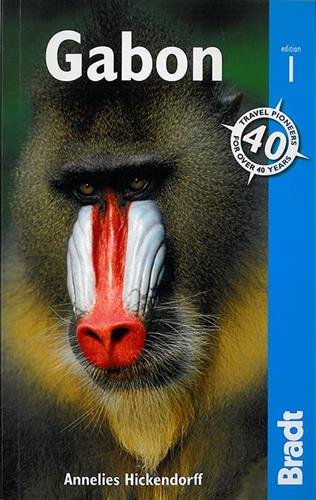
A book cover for Gabon (Bradt Travel Guides); Annelies Hickendorff; Travel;